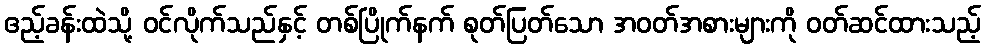
ဧည့်ခန်းထဲသို့ ဝင်လိုက်သည်နှင့် တစ်ပြိုက်နက် စုတ်ပြတ်သော အဝတ်အစားများကို ဝတ်ဆင်ထားသည့်